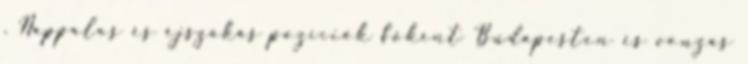
. Nappalos és éjszakás pozíciók főként Budapesten és vonzás